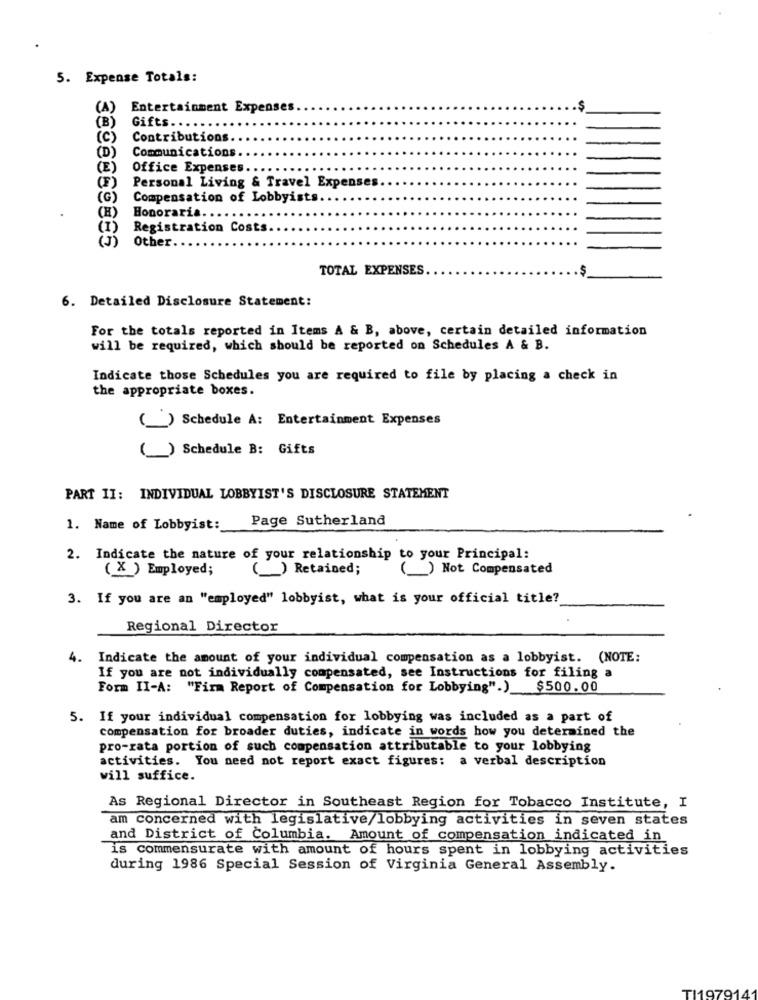
5. Expense Totals:
(A)
Entertainment Expenses
S
(B)
Gifts ...
(C)
Contributions
(D)
Communications
(E)
Office Expenses.
(F)
Personal Living & Travel Expenses
(G)
Compensation of Lobbyists.
Honoraria
(I)
Registration Costs.
(3)
Other.
TOTAL EXPENSES
6. Detailed Disclosure Statement:
For the totals reported in Items A & B, above, certain detailed information
will be required, which should be reported on Schedules A & B.
Indicate those Schedules you are required to file by placing a check in
the appropriate boxes.
(_) Schedule A: Entertainment Expenses
(_ ) Schedule B: Gifts
PART II: INDIVIDUAL LOBBYIST'S DISCLOSURE STATEMENT
Page Sutherland
1. Name of Lobbyist:
2. Indicate the nature of your relationship to your Principal:
( X ) Employed;
_) Retained;
() Not Compensated
3. If you are an "employed" lobbyist, what is your official title?
Regional Director
4.
Indicate the amount of your individual compensation as a lobbyist. (NOTE:
If you are not individually compensated, see Instructions for filing a
Form II-A: "Firm Report of Compensation for Lobbying".)
$500.00
5. If your individual compensation for lobbying was included as a part of
compensation for broader duties, indicate in words how you determined the
pro-rata portion of such compensation attributable to your lobbying
activities. You need not report exact figures: a verbal description
will suffice.
As Regional Director in Southeast Region for Tobacco Institute, I
am concerned with legislative/lobbying activities in seven states
and District of Columbia. Amount of compensation indicated in
is commensurate with amount of hours spent in lobbying activities
during 1986 Special Session of Virginia General Assembly.
TI1979141